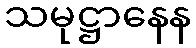
သမုဋ္ဌာနေန